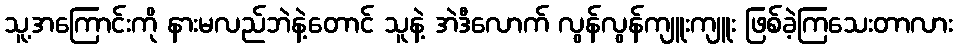
သူ့အကြောင်းကို နားမလည်ဘဲနဲ့တောင် သူနဲ့ အဲဒီလောက် လွန်လွန်ကျူးကျူး ဖြစ်ခဲ့ကြသေးတာလား